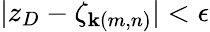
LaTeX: |z_{D}-\zeta_{\mathbf{k}(m,n)}|<\epsilon